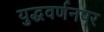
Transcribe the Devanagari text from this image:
युद्धवर्णनपर